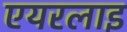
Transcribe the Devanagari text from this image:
एयरलाइ